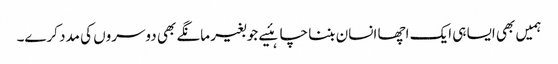
ہمیں بھی ایسا ہی ایک اچھا انسان بننا چاہئیے جو بغیر مانگے بھی دوسروں کی مدد کرے۔